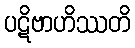
ပဋိဗာဟိဿတိ